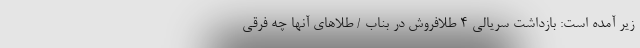
زیر آمده است: بازداشت سریالی 4 طلافروش در بناب / طلاهای آنها چه فرقی